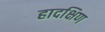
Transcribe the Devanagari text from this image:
हादक्षिण